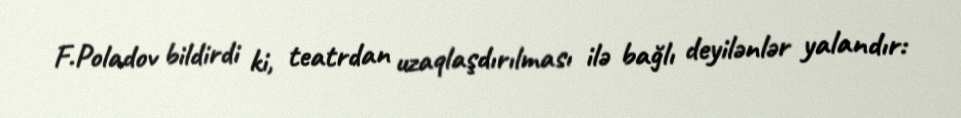
F.Poladov bildirdi ki, teatrdan uzaqlaşdırılması ilə bağlı deyilənlər yalandır: